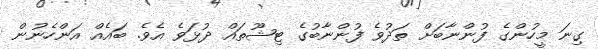
ގިނަ މީހުންގެ ފުންނާބަށް ތަދުވެ ފުންނާބުގެ ޓިޝޫތައް ދުޅަވެ އެވެ. ބައެއް އަންހެނުން